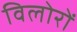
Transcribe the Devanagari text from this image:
विलोरों